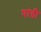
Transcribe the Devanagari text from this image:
पांडी